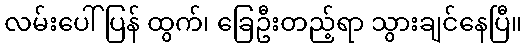
လမ်းပေါ်ပြန် ထွက်၊ ခြေဦးတည့်ရာ သွားချင်နေပြီ။